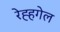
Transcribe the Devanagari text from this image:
रेह्हगेल